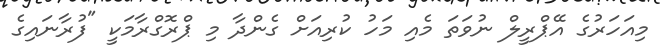
މިއަހަރުގެ އޭޕްރީލް ނުވަތަ މެއި މަހު ކުރިއަށް ގެންދާ މި ޕްރޮގްރާމަކީ "ފުރާނައިގެ